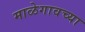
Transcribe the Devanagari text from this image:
माळेगावच्या